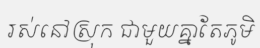
រស់នៅស្រុក ជាមួយគ្នាតែភូមិ